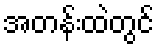
အတန်းထဲတွင်